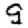
Digit: 9